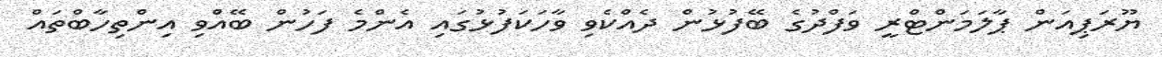
ޔޫރަޕިއަން ޕާލަމަންޓްރީ ވަފްދުގެ ބޭފުޅުން ދެއްކެވި ވާހަކަފުޅުގައި އެންމެ ފަހުން ބޭއްވި އިންތިހާބްތައް